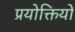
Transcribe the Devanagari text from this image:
प्रयोक्तियों